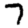
Digit: 7